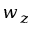
w _ { z }